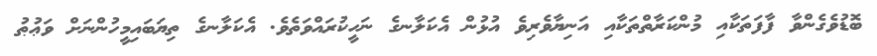
ބޮޑުވެގެންވާ ފާފަތަކާއި މުންކަރާތްތަކާއި އަނިޔާވެރިވެ އުޅުން އެކަލާނގެ ނަހީކުރައްވަތެވެ. އެކަލާނގެ ތިޔަބައިމީހުންނަށް ވަޢުޠު